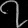
Digit: ၇